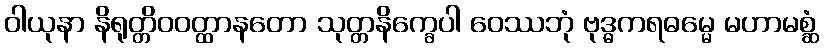
ဝါယုနာ နိရုတ္တိဝဝတ္ထာနတော သုတ္တနိက္ခေပါ ဝေဿဘုံ ဗုဒ္ဓကရဓမ္မေ မဟာမစ္ဆံ